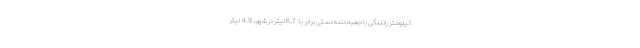
کیلومتر رانندگی با جعبه دنده دستی برابر با: 8.7 لیتر در شهر، 4.9 لیتر